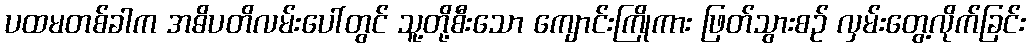
ပထမတစ်ခါက အဓိပတိလမ်းပေါ်တွင် သူ့တို့စီးသော ကျောင်းကြိုကား ဖြတ်သွားစဉ် လှမ်းတွေ့လိုက်ခြင်း